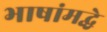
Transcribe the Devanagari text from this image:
भाषांमद्धे